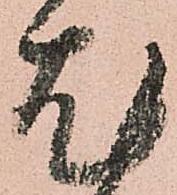
尤